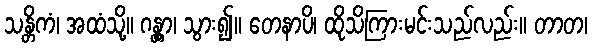
သန္တိကံ၊ အထံသို့။ ဂန္တွာ၊ သွား၍။ တေနာပိ၊ ထိုသိကြားမင်းသည်လည်း။ တာတ၊